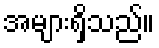
အများရှိသည်။